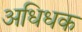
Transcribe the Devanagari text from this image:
अधिधक